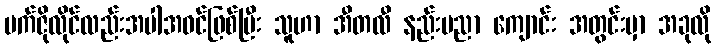
မက်ဇိုလိုင်လည်းအပါအဝင်ဖြစ်ပြီး သူဟာ အီတလီ နည်းပညာ ကျောင်း အတွင်းမှာ အခုလို